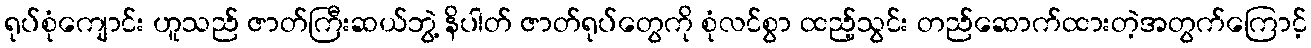
ရုပ်စုံကျောင်း ဟူသည် ဇာတ်ကြီးဆယ်ဘွဲ့ နိပါတ် ဇာတ်ရုပ်တွေကို စုံလင်စွာ ထည့်သွင်း တည်ဆောက်ထားတဲ့အတွက်ကြောင့်